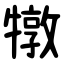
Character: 犜